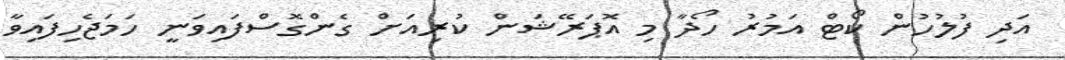
އަދި ފުލުހުން ކޯޓް އަމުރު ހޯދާ މި އޮޕަރޭޝަން ކުރިއަށް ގެންގޮސްފައިވަނީ ހަމަޖެހިފައިވާ